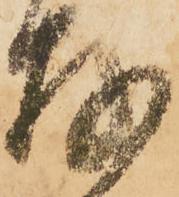
存